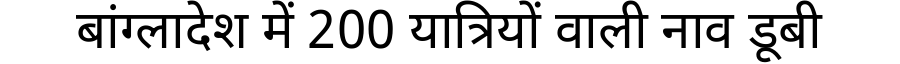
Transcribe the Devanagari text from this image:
बांग्लादेश में 200 यात्रियों वाली नाव डूबी